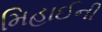
મિહાઈની